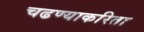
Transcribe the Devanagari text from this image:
चढण्याकरिता